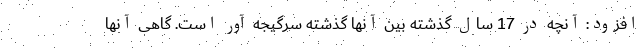
افزود: آنچه در 17 سال گذشته بین آنها گذشته سرگیجه آور است. گاهی آنها